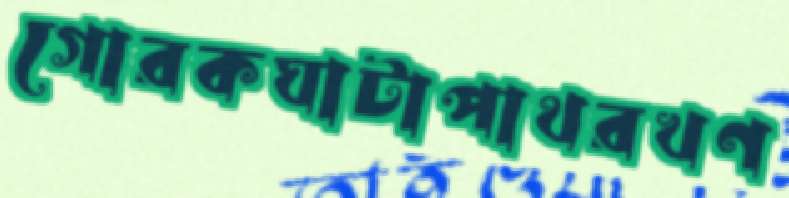
গোরকঘাটাপাথরখণ